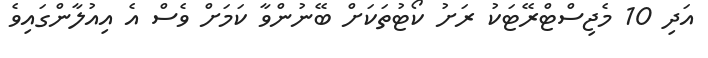
އަދި 10 މެޖިސްޓްރޭޓަކު ރަށު ކޯޓުތަކަށް ބޭނުންވާ ކަމަށް ވެސް އެ އިއުލާންގައިވެ